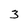
Character: 3